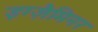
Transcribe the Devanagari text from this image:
इग्ज़ैमिनर